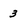
Character: 3